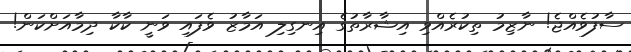
ސާފުވެއްޖެ! ނާޒިމު ތިކުރެއްވި އިޝާރާތުގެ އިނގިލި އަމާޒު ވެފައި ވަނީ ކާކާ ދިމާއަށްކަން!